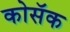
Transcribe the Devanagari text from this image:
कोसॅक